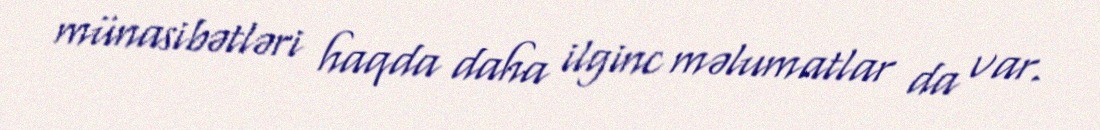
münasibətləri haqda daha ilginc məlumatlar da var.